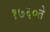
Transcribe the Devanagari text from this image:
१७६०ते